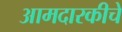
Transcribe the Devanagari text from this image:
आमदारकीचे